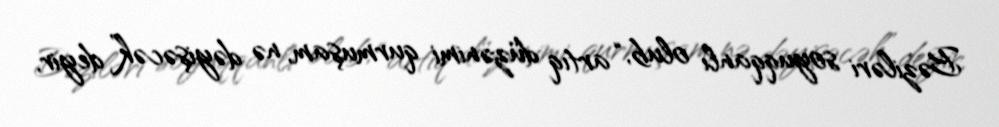
Bəziləri soyuqqanlı olub, “artıq düzənimi qurmuşam, nə dəyişəcək” deyir,